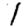
Digit: 1